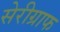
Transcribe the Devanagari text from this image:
सेरीग्राफ